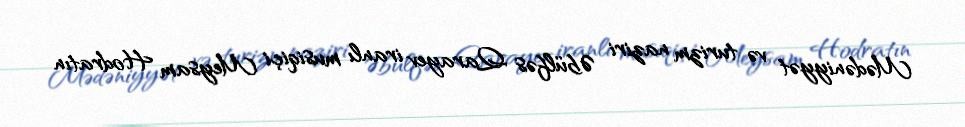
Mədəniyyət və turizm naziri Əbülfəs Qarayev iranlı musiqiçi Meysam Hodratın